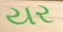
યર